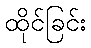
ထိုင်ခြင်း